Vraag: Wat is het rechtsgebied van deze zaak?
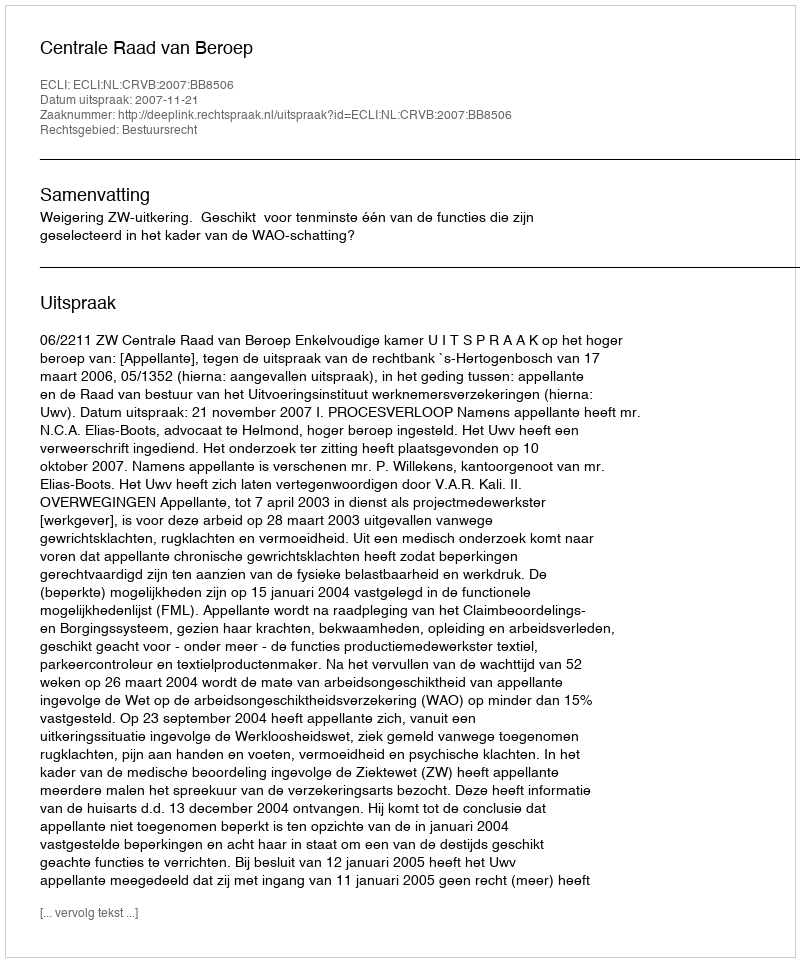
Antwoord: Bestuursrecht